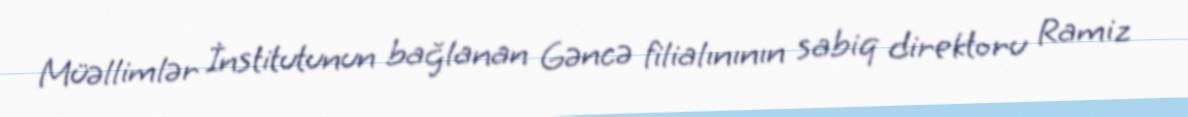
Müəllimlər İnstitutunun bağlanan Gəncə filialınının sabiq direktoru Ramiz